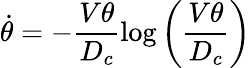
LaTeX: \dot{\theta}=-\frac{V\theta}{D_{c}}\log\left(\frac{V\theta}{D_{c}}\right)